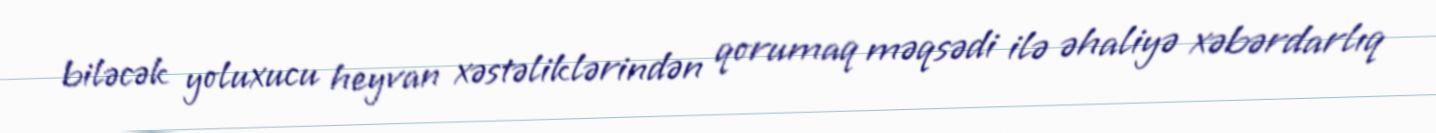
biləcək yoluxucu heyvan xəstəliklərindən qorumaq məqsədi ilə əhaliyə xəbərdarlıq